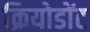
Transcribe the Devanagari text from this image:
क्रियोडोंट